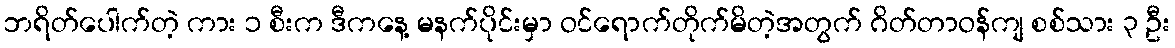
ဘရိတ်ပေါက်တဲ့ ကား ၁ စီးက ဒီကနေ့ မနက်ပိုင်းမှာ ဝင်ရောက်တိုက်မိတဲ့အတွက် ဂိတ်တာဝန်ကျ စစ်သား ၃ ဦး